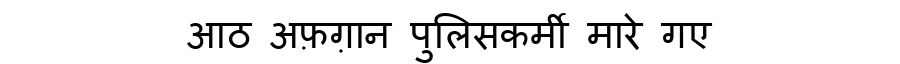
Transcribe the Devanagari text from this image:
आठ अफ़ग़ान पुलिसकर्मी मारे गए